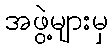
အဖွဲ့များမှ